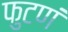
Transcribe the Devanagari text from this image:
फुटणं